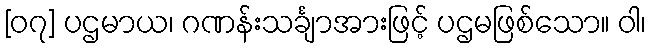
[၀၇] ပဌမာယ၊ ဂဏန်းသင်္ချာအားဖြင့် ပဌမဖြစ်သော။ ဝါ၊